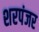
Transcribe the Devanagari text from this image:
शरपंजर